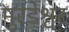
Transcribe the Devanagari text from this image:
मुरडेश्वर